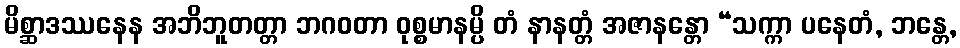
မိစ္ဆာဒဿနေန အဘိဘူတတ္တာ ဘဂဝတာ ဝုစ္စမာနမ္ပိ တံ နာနတ္တံ အဇာနန္တော “သက္ကာ ပနေတံ, ဘန္တေ,